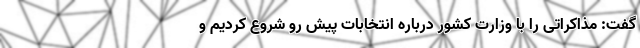
گفت: مذاکراتی را با وزارت کشور درباره انتخابات پیش رو شروع کردیم و